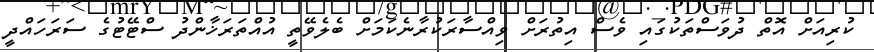
ކުރިއަށް އޮތް ދުވަސްތަކުގައި ވެސް އިތުރަށް ވިއްސާރަކުރާނެކަމަށް ބެލެވޭތީ އުއްތަރަޚާންދު ސްޓޭޓުގެ ސަރަހައްދީ